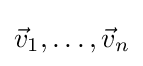
{\textstyle {\vec {v}}_{1},\ldots ,{\vec {v}}_{n}}